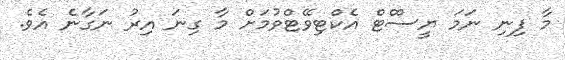
މާ ފިނި ނަމަ ޔީސްްޓް އެކްޓިވޭޓްވުމަށް މާ ގިނަ އިރު ނަގާނެ އެވެ.